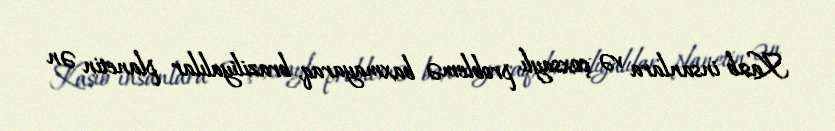
Kasıb insanlara və çoxsaylı problemə baxmayaraq, braziliyalılar planetin ən